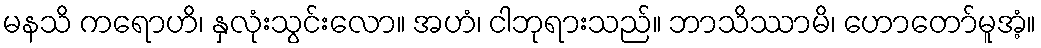
မနသိ ကရောဟိ၊ နှလုံးသွင်းလော။ အဟံ၊ ငါဘုရားသည်။ ဘာသိဿာမိ၊ ဟောတော်မူအံ့။